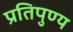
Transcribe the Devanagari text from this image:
प्रतिपुण्य